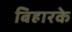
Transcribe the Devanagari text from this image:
बिहारके